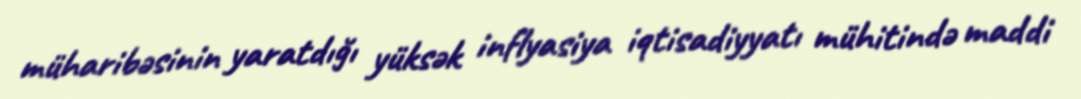
müharibəsinin yaratdığı yüksək inflyasiya iqtisadiyyatı mühitində maddi